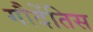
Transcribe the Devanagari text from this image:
गौदेंतिस